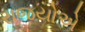
રાજયોએ